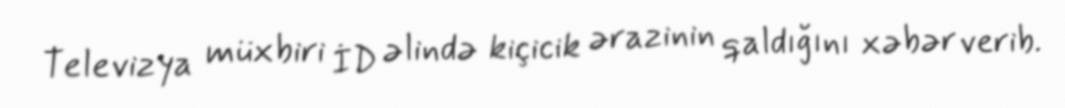
Televizya müxbiri İD əlində kiçicik ərazinin qaldığını xəbər verib.